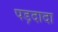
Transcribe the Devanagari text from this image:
पड़दादा